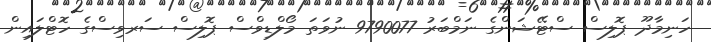
ހަނިމާދޫ ޕޮލިސް ސްޓޭޝަންގެ ނަމްބަރު 9790077 ނުވަތަ މޯލްޑިވްސް ޕޮލިސް ސަރވިސްގެ ހޮޓްލައިން